Report on plague and inoculation in the Punjab from October 1st ... to September 30th..., being the ... season of plague in the province
Disease focus: Plague
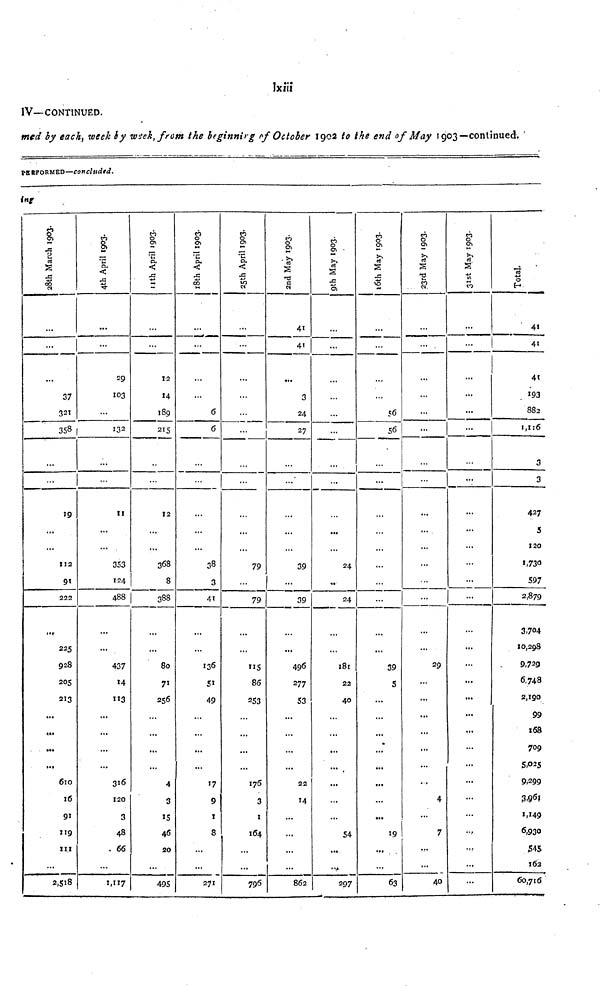
Ixíii
IV—CONTINUED.
med by each, week by week, from the beginning of October 1902 to the end of May 1903--continued. '
PERFORMED—concluded.
28th March 1993
37
321
358
19
...
...
112
222
...
225
928
205
213
...
...
...
• ••
610
I6
91
119
III
...
2,518
4th April 1993
29
103
[
132
...
II
...
353
124
488
• ••
...
437
14
113
...
...
...
...
316
120
3
48
66
1,117
11th April 1993
...
12
14
189
215
12
...
...
368
8
388
...
80
71
256
...
...
...
...
4
3
15
46
20
...
49S
18th April 1993
...
6
6
...
38
3
41
...
136
51
49
...
...
...
...
17
9
X
8
...
271
25th April 1993
...
...
...
...
...
79
...
79
...
115
86
253
...
...
...
...
176
3
1
164
...
...
796
2nd May 1993
41
41
3
24
27
...
39
1
39
...
496
277
53
...
...
...
22
14
...
...
862
9th May 1993
...
...
...
...
24
..
24
...
181
22
40
...
...
...
...
...
...
54
• ••
297
6 th May 1993
...
56
56
...
...
...
39
5
...
...
...
...
...
...
...
...
19
•
...
63
23rd May 1993
...
...
...
...
...
...
...
...
29
...
...
...
...
...
...
4
7
...
40
31st May 1993
...
...
...
••
...
...
...
...
...
...
...
...
...
...
...
...
...
...
...
...
..,
...
41
41
41
193
883
1,116
3
3
427
5
120
1,730
597
2,879
3,704
10,298
9,729
6.743
2,190
99
168
709
5,025
9,299
3.961
1,149
6,930
545
162
60,716